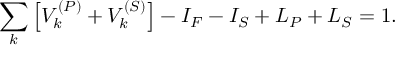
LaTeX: \sum _ { k } \left[ V _ { k } ^ { ( P ) } + V _ { k } ^ { ( S ) } \right] - I _ { F } - I _ { S } + L _ { P } + L _ { S } = 1 .